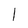
Character: l